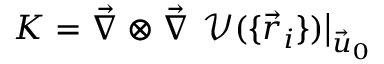
\boldsymbol { K } = \vec { \nabla } \otimes \vec { \nabla } ~ \mathcal { V } ( \{ \vec { r } _ { i } \} ) \big | _ { \vec { u } _ { 0 } }